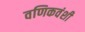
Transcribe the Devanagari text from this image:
वणिकवंशी